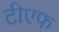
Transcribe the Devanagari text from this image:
टीएफ